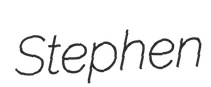
Stephen